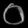
Digit: ၀